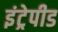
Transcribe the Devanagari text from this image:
इंट्रेपीड